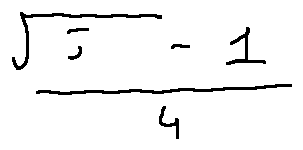
\frac { \sqrt { 5 } - 1 } { 4 }